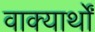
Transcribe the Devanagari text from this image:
वाक्यार्थों